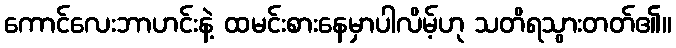
ကောင်လေးဘာဟင်းနဲ့ ထမင်းစားနေမှာပါလိမ့်ဟု သတိရသွားတတ်၏။